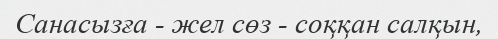
Санасызға - жел сөз - соққан салқын,